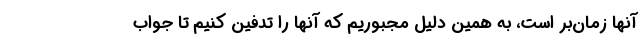
آنها زمان‌بر است، به همین دلیل مجبوریم که آنها را تدفین کنیم تا جواب